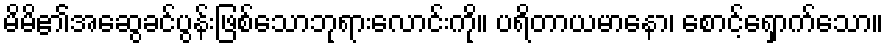
မိမိ၏အဆွေခင်ပွန်းဖြစ်သောဘုရားလောင်းကို။ ပရိတာယမာနော၊ စောင့်ရှောက်သော။